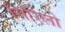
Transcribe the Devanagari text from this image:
सिरिलो